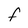
Character: f